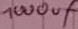
Text: 1000µF